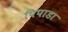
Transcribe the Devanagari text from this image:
पिपाडा